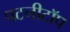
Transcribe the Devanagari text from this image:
पटनीटॉप